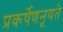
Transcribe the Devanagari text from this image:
प्रकर्षेणनूयते